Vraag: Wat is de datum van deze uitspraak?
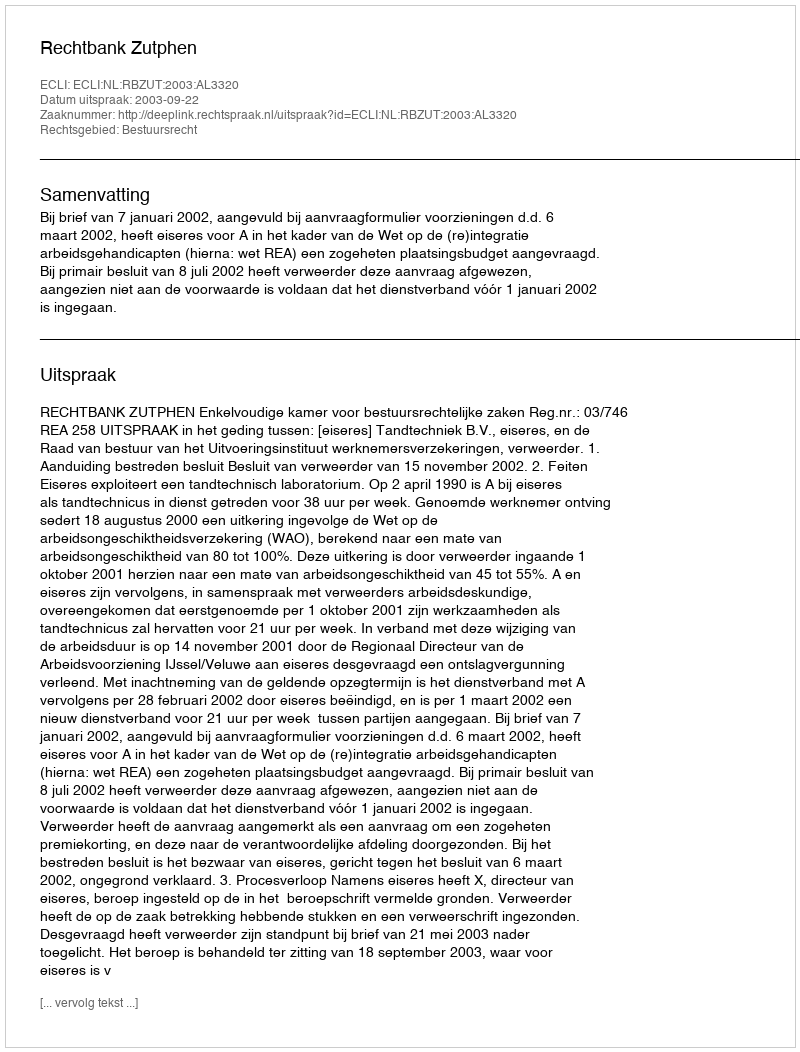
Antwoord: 2003-09-22